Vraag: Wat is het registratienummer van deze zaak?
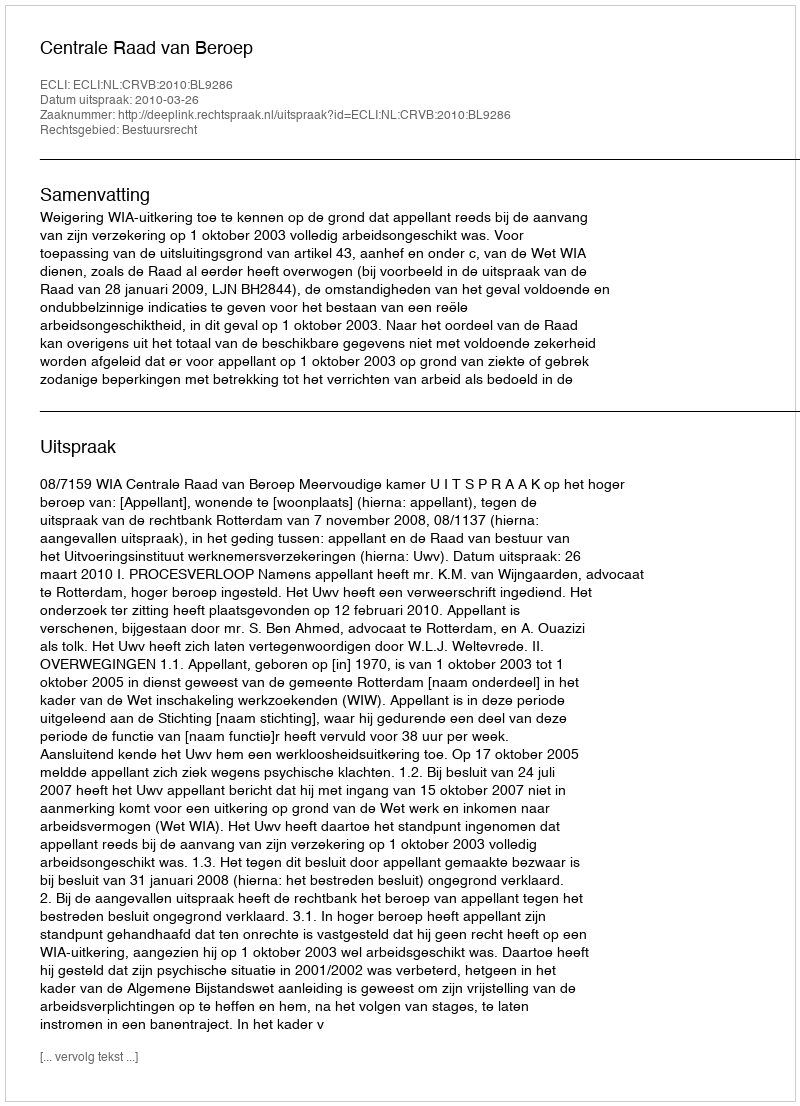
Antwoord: http://deeplink.rechtspraak.nl/uitspraak?id=ECLI:NL:CRVB:2010:BL9286